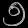
Digit: ၅